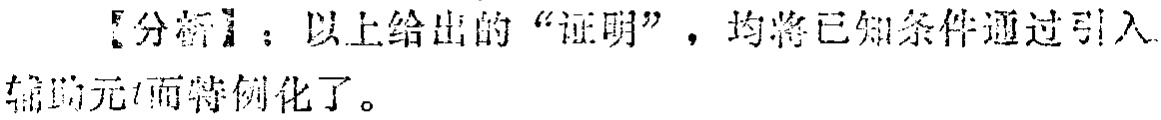
【分析】：以上给出的“证明”，均将已知条件通过引入辅助元\(t\)而特例化了。